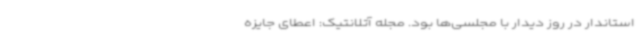
استاندار در روز دیدار با مجلسی‌ها بود. مجله آتلانتیک: اعطای جایزه